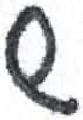
אות: ש